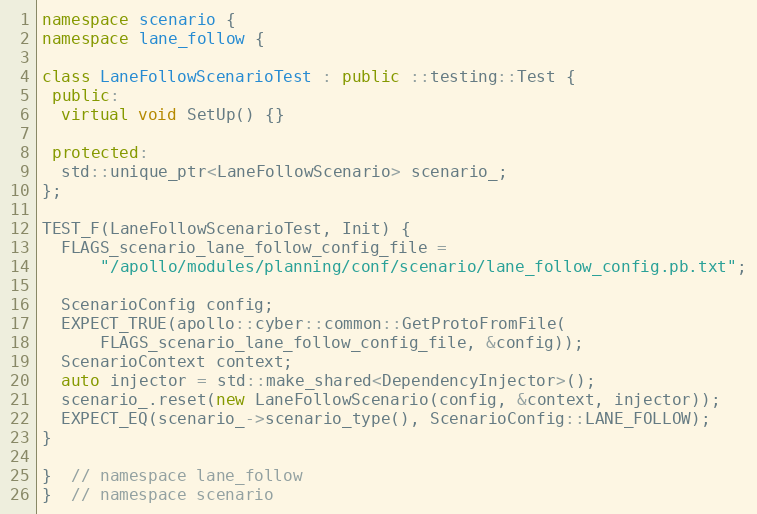
Language: C++
namespace scenario {
namespace lane_follow {

class LaneFollowScenarioTest : public ::testing::Test {
 public:
  virtual void SetUp() {}

 protected:
  std::unique_ptr<LaneFollowScenario> scenario_;
};

TEST_F(LaneFollowScenarioTest, Init) {
  FLAGS_scenario_lane_follow_config_file =
      "/apollo/modules/planning/conf/scenario/lane_follow_config.pb.txt";

  ScenarioConfig config;
  EXPECT_TRUE(apollo::cyber::common::GetProtoFromFile(
      FLAGS_scenario_lane_follow_config_file, &config));
  ScenarioContext context;
  auto injector = std::make_shared<DependencyInjector>();
  scenario_.reset(new LaneFollowScenario(config, &context, injector));
  EXPECT_EQ(scenario_->scenario_type(), ScenarioConfig::LANE_FOLLOW);
}

}  // namespace lane_follow
}  // namespace scenario